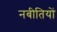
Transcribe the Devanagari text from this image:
नबीतियों